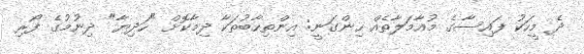
ދެ މީހަކު ފައިސާގެ މުއާމަލާތެއް ހިންގަނީ: އިންތިހާބުތަކާ ދިމާކޮށް "ހަދިޔާ" ދިނުމުގެ ފޯރި